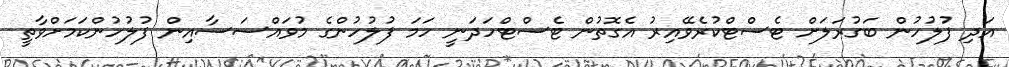
އަދި ފުލުހުން ބަގުރަލަށް ޓެސްޓްކުރެވޭއިރު އެގޮތުން ޓެސްޓްހަދަނީ ހަމަ ފުލުހުންގެ މުވައްސަސާއިން ފުލުހުންކަމަށްވާތީ